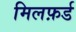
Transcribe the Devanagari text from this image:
मिलफ़र्ड